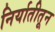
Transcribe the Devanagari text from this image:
निर्यातीतून